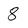
Character: 8